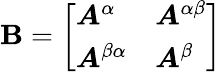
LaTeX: \boldsymbol{\mathbf{B}}=\left[\begin{array}{ll}{\boldsymbol{A}^{\alpha}}&{\boldsymbol{A}^{\alpha\beta}}\\ {\boldsymbol{A}^{\beta\alpha}}&{\boldsymbol{A}^{\beta}}\end{array}\right]